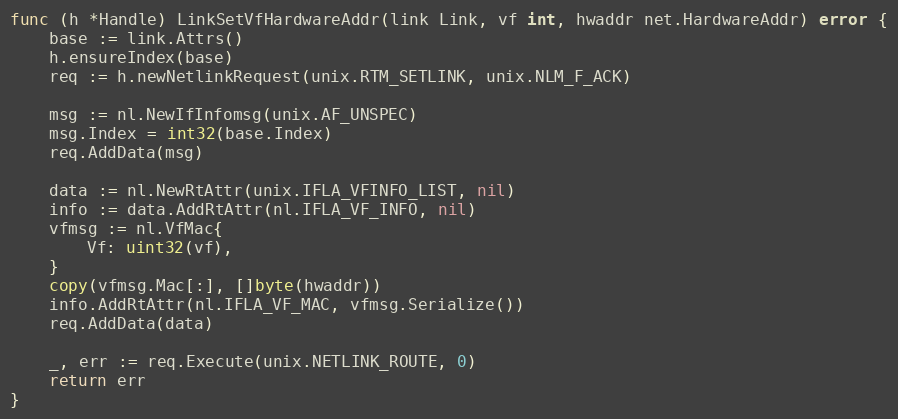
Language: Go
func (h *Handle) LinkSetVfHardwareAddr(link Link, vf int, hwaddr net.HardwareAddr) error {
	base := link.Attrs()
	h.ensureIndex(base)
	req := h.newNetlinkRequest(unix.RTM_SETLINK, unix.NLM_F_ACK)

	msg := nl.NewIfInfomsg(unix.AF_UNSPEC)
	msg.Index = int32(base.Index)
	req.AddData(msg)

	data := nl.NewRtAttr(unix.IFLA_VFINFO_LIST, nil)
	info := data.AddRtAttr(nl.IFLA_VF_INFO, nil)
	vfmsg := nl.VfMac{
		Vf: uint32(vf),
	}
	copy(vfmsg.Mac[:], []byte(hwaddr))
	info.AddRtAttr(nl.IFLA_VF_MAC, vfmsg.Serialize())
	req.AddData(data)

	_, err := req.Execute(unix.NETLINK_ROUTE, 0)
	return err
}